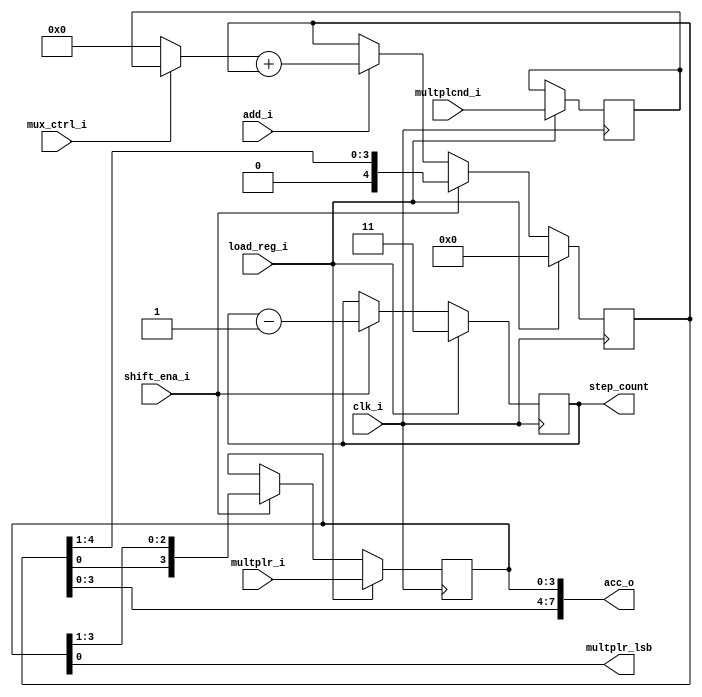

`timescale 1ns/1ns

module mul_datapath(
output  [7:0] acc_o,
output  multplr_lsb,
output  reg [1:0] step_count,
input [3:0] multplcnd_i,
input [3:0] multplr_i,
input shift_ena_i,
input load_reg_i,
input mux_ctrl_i,
input add_i,
input clk_i);

reg [4:0] acc;
reg [3:0] mul_A;
reg [3:0] mul_B;
reg [3:0] mux_out;

always@(posedge clk_i) begin

	if(load_reg_i) begin
		acc<=5'b0;
		mul_A<=multplcnd_i;
		mul_B<=multplr_i;	
		step_count<=2'b11;	
	end
	else if(shift_ena_i)begin
		 {acc,mul_B}<={acc,mul_B}>>1;
		step_count=step_count-1'b1;
	end
	else if(add_i) begin
		mux_out= mux_ctrl_i? mul_A:4'b0;
		acc= mux_out + acc;
		
	end
	

end
assign multplr_lsb = mul_B[0];
assign acc_o = {acc[3:0],mul_B};
endmodule